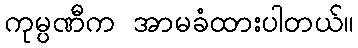
ကုမ္ပဏီက အာမခံထားပါတယ်။